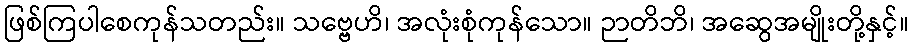
ဖြစ်ကြပါစေကုန်သတည်း။ သဗ္ဗေဟိ၊ အလုံးစုံကုန်သော။ ဉာတိဘိ၊ အဆွေအမျိုးတို့နှင့်။